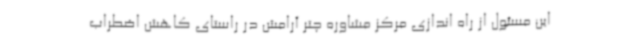
این مسئول از راه اندازی مرکز مشاوره چتر آرامش در راستای کاهش اضطراب